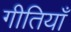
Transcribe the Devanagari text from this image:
गीतियाँ